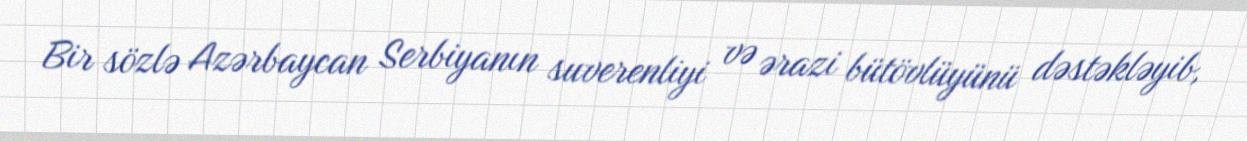
Bir sözlə Azərbaycan Serbiyanın suverenliyi və ərazi bütövlüyünü dəstəkləyib,